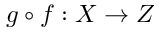
g \circ f : X \to Z